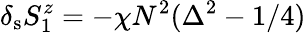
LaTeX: \delta_{\mathrm{s}}S_{1}^{z}=-\chi N^{2}(\Delta^{2}-1/4)